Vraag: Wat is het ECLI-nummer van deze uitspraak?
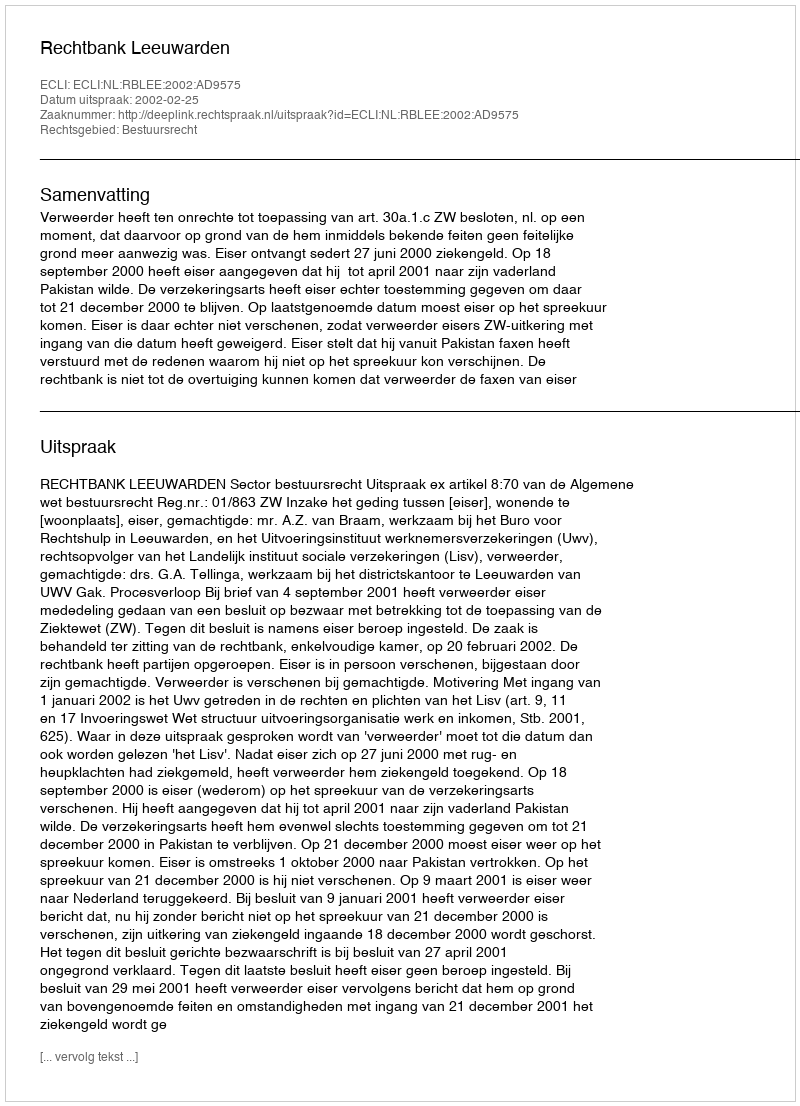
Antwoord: ECLI:NL:RBLEE:2002:AD9575